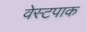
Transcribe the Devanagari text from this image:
वेस्टपाक